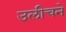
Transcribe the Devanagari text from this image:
उलीचने